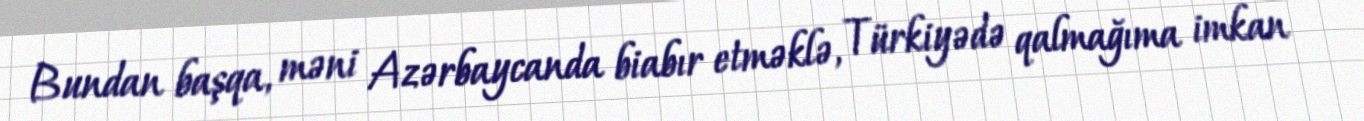
Bundan başqa, məni Azərbaycanda biabır etməklə, Türkiyədə qalmağıma imkan